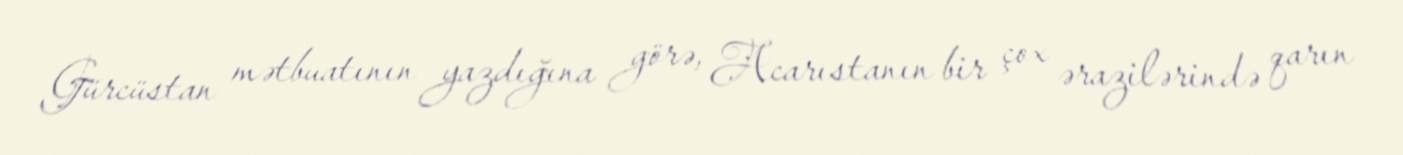
Gürcüstan mətbuatının yazdığına görə, Acarıstanın bir çox ərazilərində qarın